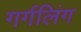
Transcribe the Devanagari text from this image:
गर्गलिंग